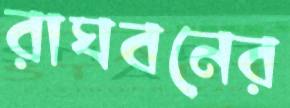
রাঘবনের